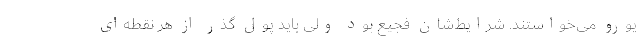
یورو می‌خواستند. شرایط‌شان فجیع بود ولی باید پول گذر از هر نقطه‌ای